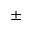
\pm